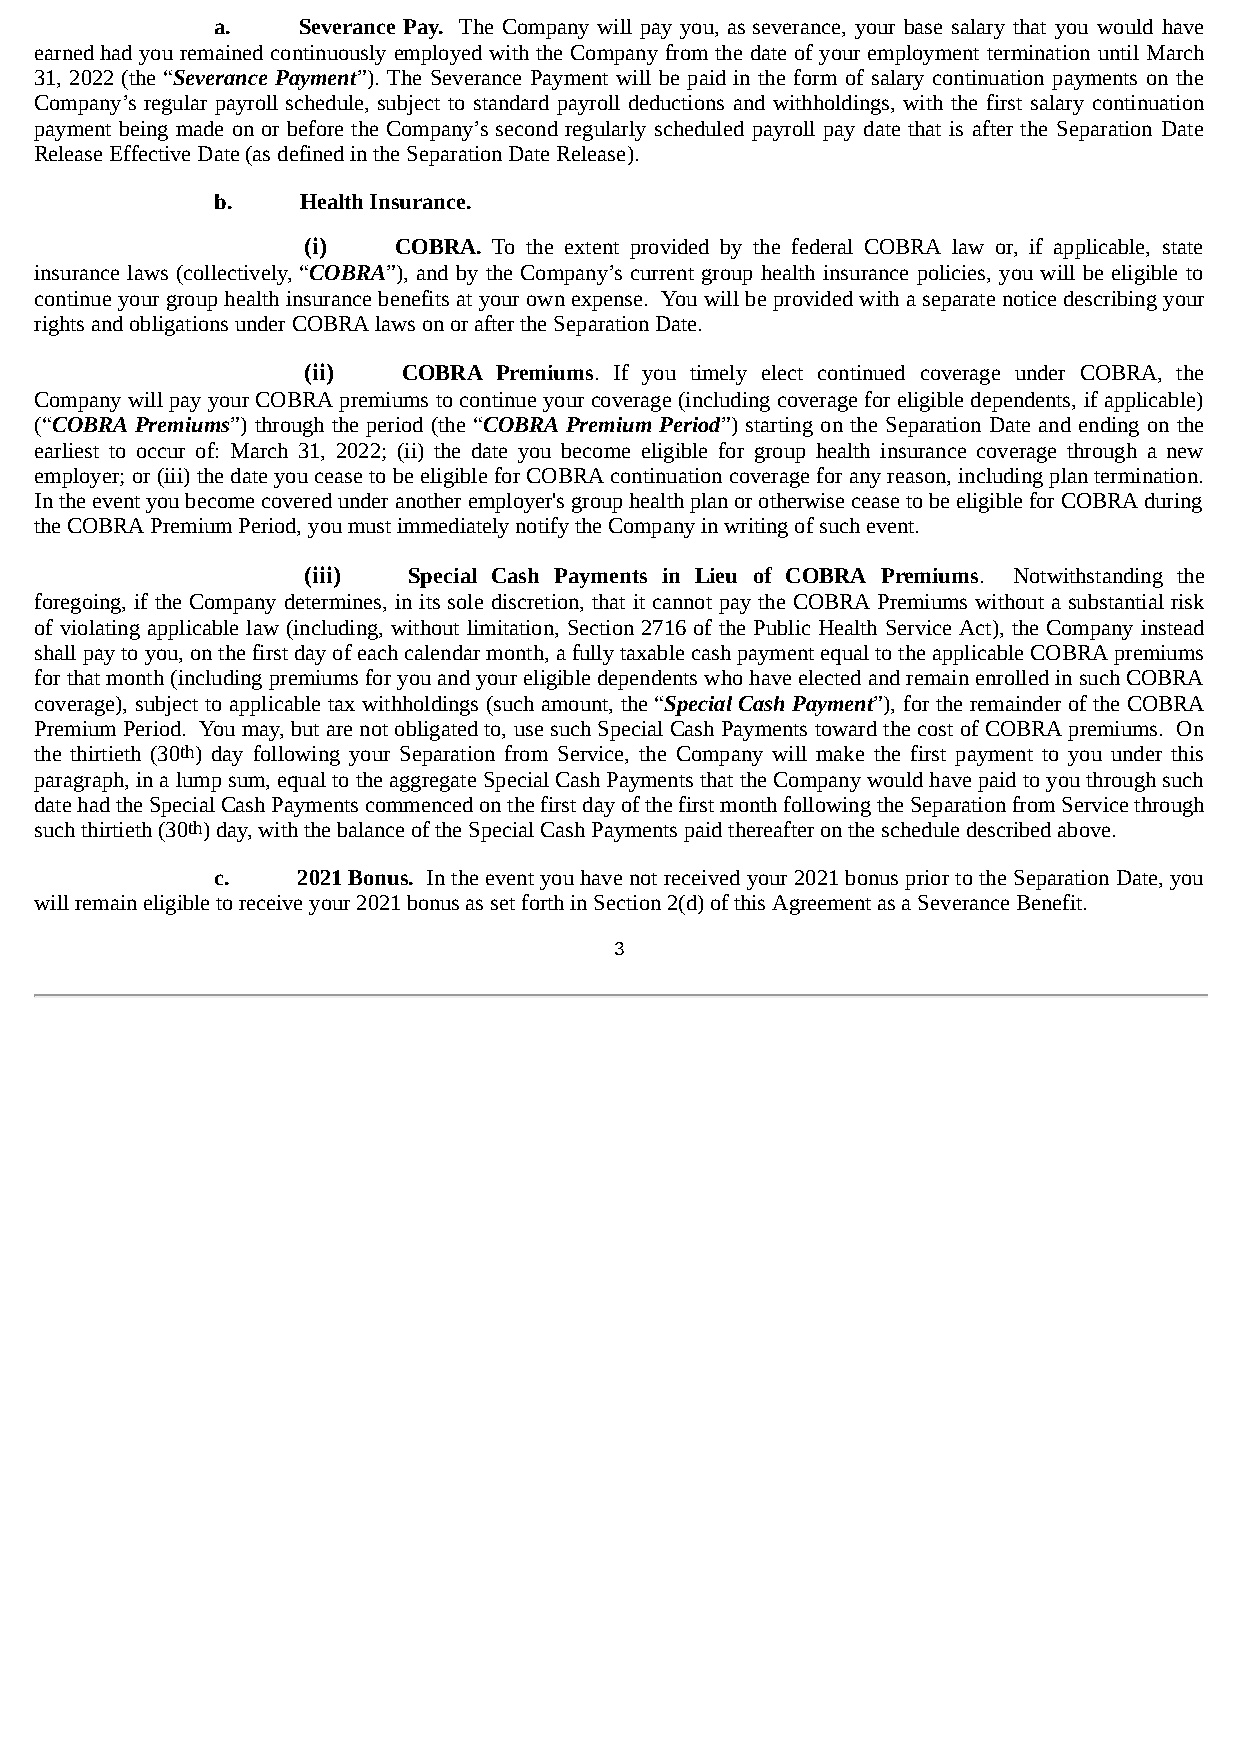
a.    Severance Pay. The Company will pay you, as severance, your base salary that you would have
 earned had you remained continuously employed with the Company from the date of your employment termination until March
 31, 2022 (the “Severance Payment”). The Severance Payment will be paid in the form of salary continuation payments on the
 Company’s regular payroll schedule, subject to standard payroll deductions and withholdings, with the first salary continuation
 payment being made on or before the Company’s second regularly scheduled payroll pay date that is after the Separation Date
 Release Effective Date (as defined in the Separation Date Release).
 b.    Health Insurance.
 (i)   COBRA. To the extent provided by the federal COBRA law or, if applicable, state
 insurance laws (collectively, “COBRA”), and by the Company’s current group health insurance policies, you will be eligible to
 continue your group health insurance benefits at your own expense. You will be provided with a separate notice describing your
 rights and obligations under COBRA laws on or after the Separation Date.
 (ii)   COBRA Premiums. If you timely elect continued coverage under COBRA, the
 Company will pay your COBRA premiums to continue your coverage (including coverage for eligible dependents, if applicable)
 (“COBRA Premiums”) through the period (the “COBRA Premium Period”) starting on the Separation Date and ending on the
 earliest to occur of: March 31, 2022; (ii) the date you become eligible for group health insurance coverage through a new
 employer; or (iii) the date you cease to be eligible for COBRA continuation coverage for any reason, including plan termination.
 In the event you become covered under another employer's group health plan or otherwise cease to be eligible for COBRA during
 the COBRA Premium Period, you must immediately notify the Company in writing of such event.
 (iii)  Special Cash Payments in Lieu of COBRA Premiums. Notwithstanding the
 foregoing, if the Company determines, in its sole discretion, that it cannot pay the COBRA Premiums without a substantial risk
 of violating applicable law (including, without limitation, Section 2716 of the Public Health Service Act), the Company instead
 shall pay to you, on the first day of each calendar month, a fully taxable cash payment equal to the applicable COBRA premiums
 for that month (including premiums for you and your eligible dependents who have elected and remain enrolled in such COBRA
 coverage), subject to applicable tax withholdings (such amount, the “Special Cash Payment”), for the remainder of the COBRA
 Premium Period. You may, but are not obligated to, use such Special Cash Payments toward the cost of COBRA premiums. On
 the thirtieth (30th) day following your Separation from Service, the Company will make the first payment to you under this
 paragraph, in a lump sum, equal to the aggregate Special Cash Payments that the Company would have paid to you through such
 date had the Special Cash Payments commenced on the first day of the first month following the Separation from Service through
 such thirtieth (30th) day, with the balance of the Special Cash Payments paid thereafter on the schedule described above.
 c.    2021 Bonus. In the event you have not received your 2021 bonus prior to the Separation Date, you
 will remain eligible to receive your 2021 bonus as set forth in Section 2(d) of this Agreement as a Severance Benefit.
 3